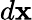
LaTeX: d\mathbf{x}